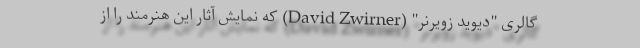
گالری "دیوید زویرنر" (David Zwirner) که نمایش آثار این هنرمند را از